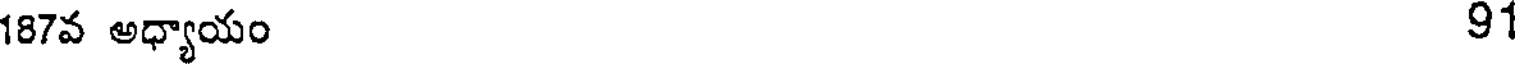
187వ అధ్యాయం 91